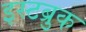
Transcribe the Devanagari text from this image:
इस्टब्रुक